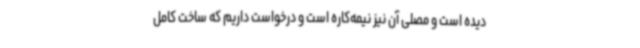
دیده است و مصلی آن نیز نیمه‌کاره است و درخواست داریم که ساخت کامل